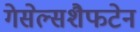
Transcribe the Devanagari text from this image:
गेसेल्सशैफटेन